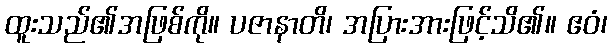
ထူးသည်၏အဖြစ်ကို။ ပဇာနာတိ၊ အပြားအားဖြင့်သိ၏။ ဧဝံ၊